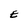
Character: E